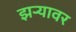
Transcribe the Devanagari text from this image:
झऱ्यावर